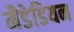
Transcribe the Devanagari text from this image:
मैडेडियन